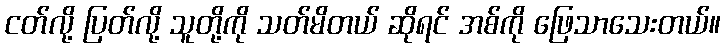
ငတ်လို့ ပြတ်လို့ သူတို့ကို သတ်မိတယ် ဆိုရင် အစ်ကို ဖြေသာသေးတယ်။